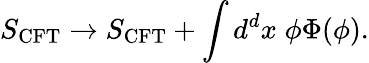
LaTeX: S_{\mathrm{CFT}}\to S_{\mathrm{CFT}}+\int d^{d}x\; \phi\Phi(\phi).